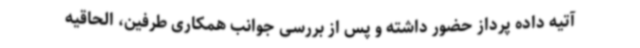
آتیه داده پرداز حضور داشته و پس از بررسی جوانب همکاری طرفین، الحاقیه